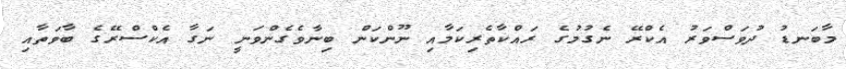
މާބަނޑު ދުވަސްވަރު އެކްރޭ ނެގުމުގެ ރައްކާތެރިކަމާއި ނޫންކަން ބިނާވެގެންވަނީ ނަގާ އެކްސްރޭގެ ބާވަތާއި